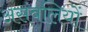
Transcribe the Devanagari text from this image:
असंबलियों